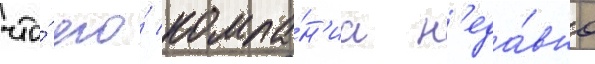
что́ его́ компа́н'иа н'еда́вно